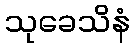
သုခေသိနံ